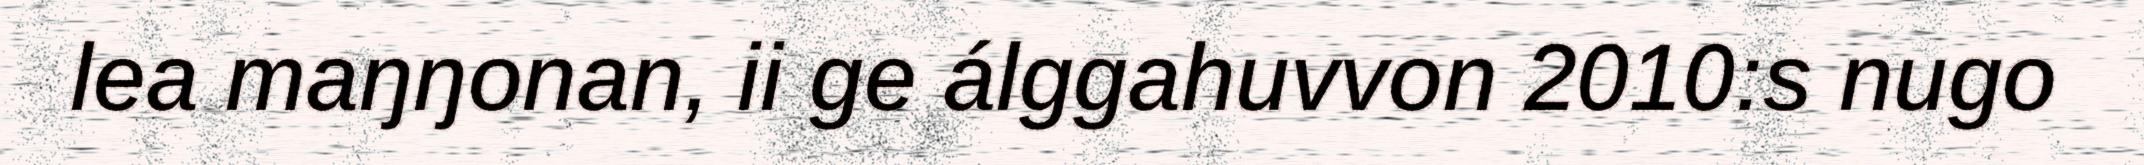
lea maŋŋonan, ii ge álggahuvvon 2010:s nugo